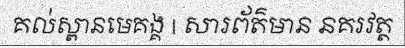
គល់ស្ពានមេគង្គ | សារព័ត៌មាន នគរវត្ត